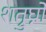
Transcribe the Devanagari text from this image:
शत्रुघ्नो